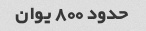
حدود 800 یوان